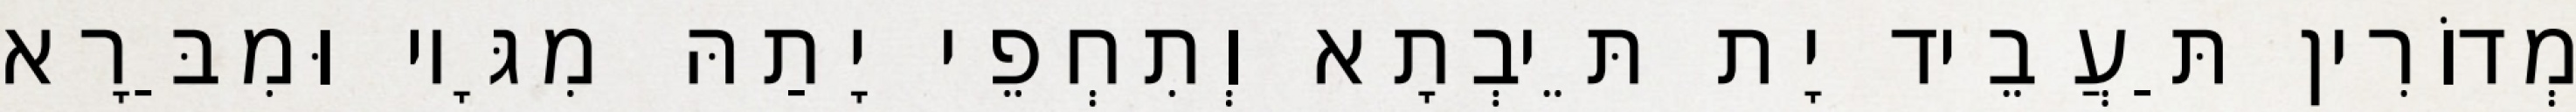
מְדוֹרִין תַּעֲבֵיד יָת תֵּיבְתָא וְתִחְפֵי יָתַהּ מִגָּיו וּמִבַּרָא